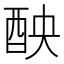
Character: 𨠗